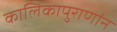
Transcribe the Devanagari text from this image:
कालिकापुराणांन